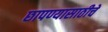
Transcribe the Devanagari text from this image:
छापण्यासाठीचे